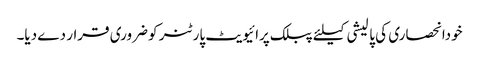
خودانحصاری کی پالیشی کیلئے پبلک پرائیویٹ پارٹنر کو ضروری قرار دے دیا۔